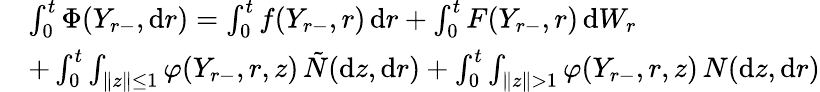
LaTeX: \begin{array}{rl}&{\int_{0}^{t}\Phi(Y_{r-},\mathrm{d}r)=\int_{0}^{t}f(Y_{r-},r)\, \mathrm{d}r+\int_{0}^{t}F(Y_{r-},r)\, \mathrm{d}W_{r}}\\ &{+\int_{0}^{t}\int_{\| z\| \leq 1}\varphi(Y_{r-},r,z)\, \tilde{N}(\mathrm{d}z,\mathrm{d}r)+\int_{0}^{t}\int_{\| z\| >1}\varphi(Y_{r-},r,z)\, N(\mathrm{d}z,\mathrm{d}r)}\end{array}